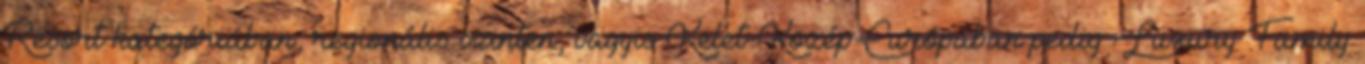
Resort kategóriában, regionális szinten, vagyis Kelet-Közép-Európában pedig Luxury Family